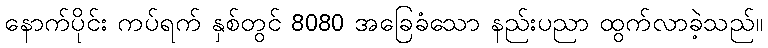
နောက်ပိုင်း ကပ်ရက် နှစ်တွင် 8080 အခြေခံသော နည်းပညာ ထွက်လာခဲ့သည်။